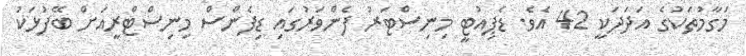
މަގާމުތަކުގެ އަދަދަކީ 42 އެވެ. ޑެޕިއުޓީ މިނިސްޓަރު ފެންވަރުގައި ޑިފެންސް މިނިސްޓްރީއަށް ބޭފުޅަކު